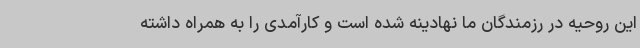
این روحیه در رزمندگان ما نهادینه شده است و کارآمدی را به همراه داشته